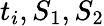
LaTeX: t_{i},S_{1},S_{2}